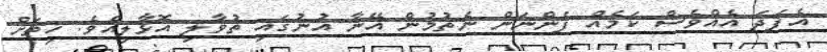
އެފަދަ އެއްވެސް ކަމެއް ފެންނަން ނެތުމުން އޭނާ އުނުގައި ތުވާލި އޮޅާލިއެވެ. ހިތަށް